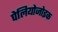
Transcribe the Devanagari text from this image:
पेलियोजोइक